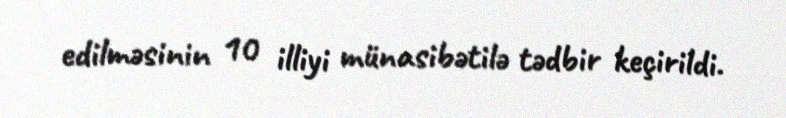
edilməsinin 10 illiyi münasibətilə tədbir keçirildi.